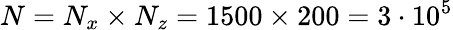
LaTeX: N=N_{x}\times N_{z}=1500\times 200=3\cdot 10^{5}